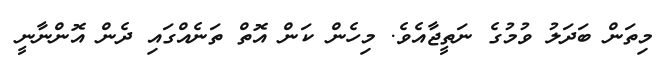
މިތަން ބަދަލު ވުމުގެ ނަތީޖާއެވެ. މިހެން ކަން އޮތް ތަނެއްގައި ދެން އޮންނާނީ